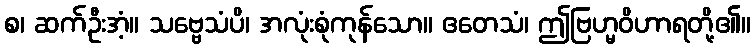
စ၊ ဆက်ဦးအံ့။ သဗ္ဗေသံပိ၊ အလုံးစုံကုန်သော။ ဧတေသံ၊ ဤဗြဟ္မဝိဟာရတို့၏။